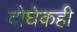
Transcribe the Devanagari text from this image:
दोघेकही